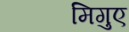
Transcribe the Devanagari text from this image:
मिगुए